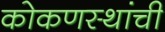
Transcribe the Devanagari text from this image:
कोकणस्थांची